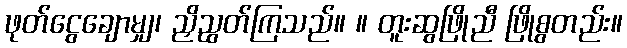
ဖုတ်ငွေချောမျှ၊ ညှိညွတ်ကြသည်။ ။ တူးဆွဖြိုညီ ဖြိုစွတည်း။